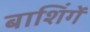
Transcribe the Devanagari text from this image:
बाशिंगें